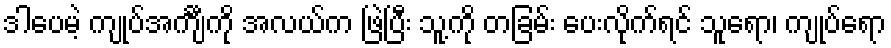
ဒါပေမဲ့ ကျုပ်အင်္ကျီကို အလယ်က ဖြဲပြီး သူ့ကို တခြမ်း ပေးလိုက်ရင် သူရော၊ ကျုပ်ရော